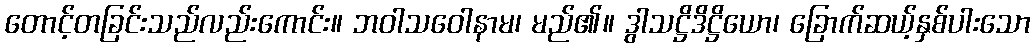
တောင့်တခြင်းသည်လည်းကောင်း။ ဘဝါသဝေါနာမ၊ မည်၏။ ဒွါသဋ္ဌိဒိဋ္ဌိယော၊ ခြောက်ဆယ့်နှစ်ပါးသော